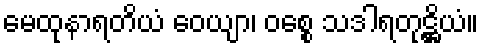
မေထုနာရတိယံ ဝေယျာ၊ ဝစ္စေ သဒါရတုဋ္ဌိယံ။